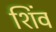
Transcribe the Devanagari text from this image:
शिंव